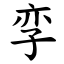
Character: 孪